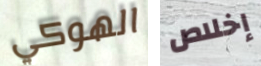
الهوكي إخلاص